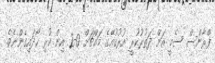
ފްރާންސް ސެމީ އަށް ދަތުރުކުރީ އުރުގުއޭގެ މައްޗަށް 0-2 އިން ކުރި ހޯދައިގެންނެވެ.